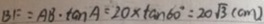
B F = A B \cdot \tan A = 2 0 \times \tan 6 0 ^ { \circ } = 2 0 \sqrt { 3 } ( c m )